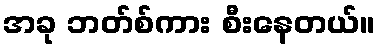
အခု ဘတ်စ်ကား စီးနေတယ်။